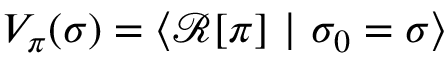
V _ { \pi } ( \sigma ) = \left\langle \mathcal { R } [ \pi ] \ \vert \ \sigma _ { 0 } = \sigma \right\rangle